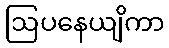
ဩပနေယျိကာ